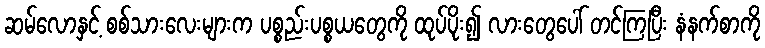
ဆမ်လောနှင့် စစ်သားလေးများက ပစ္စည်းပစ္စယတွေကို ထုပ်ပိုး၍ လားတွေပေါ် တင်ကြပြီး နံနက်စာကို